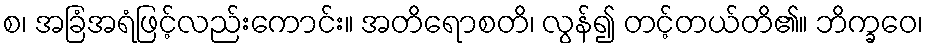
စ၊ အခြံအရံဖြင့်လည်းကောင်း။ အတိရောစတိ၊ လွန်၍ တင့်တယ်တိ၏။ ဘိက္ခဝေ၊